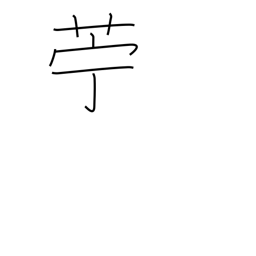
Meaning: flax